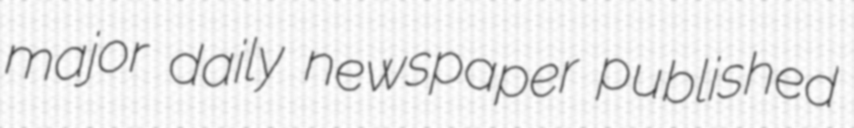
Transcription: major daily newspaper published